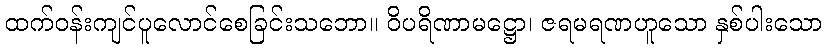
ထက်ဝန်းကျင်ပူလောင်စေခြင်းသဘော။ ဝိပရိဏာမဋ္ဌော၊ ဇရမရဏဟူသော နှစ်ပါးသော